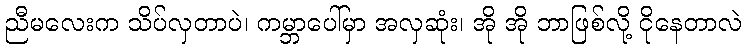
ညီမလေးက သိပ်လှတာပဲ၊ ကမ္ဘာပေါ်မှာ အလှဆုံး၊ အို အို ဘာဖြစ်လို့ ငိုနေတာလဲ